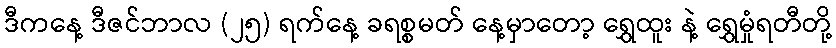
ဒီကနေ့ ဒီဇင်ဘာလ (၂၅) ရက်နေ့ ခရစ္စမတ် နေ့မှာတော့ ရွှေထူး နဲ့ ရွှေမှုံရတီတို့